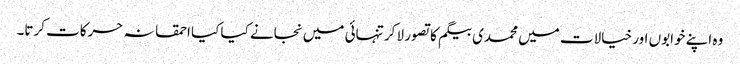
وہ اپنے خوابوں اور خیالات میں محمدی بیگم کا تصور لا کر تنہائی میں نجانے کیا کیا احمقانہ حرکات کرتا۔